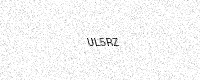
Text: UL5RZ